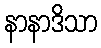
နာနာဒိသာ